Materia medica of Madras volume I
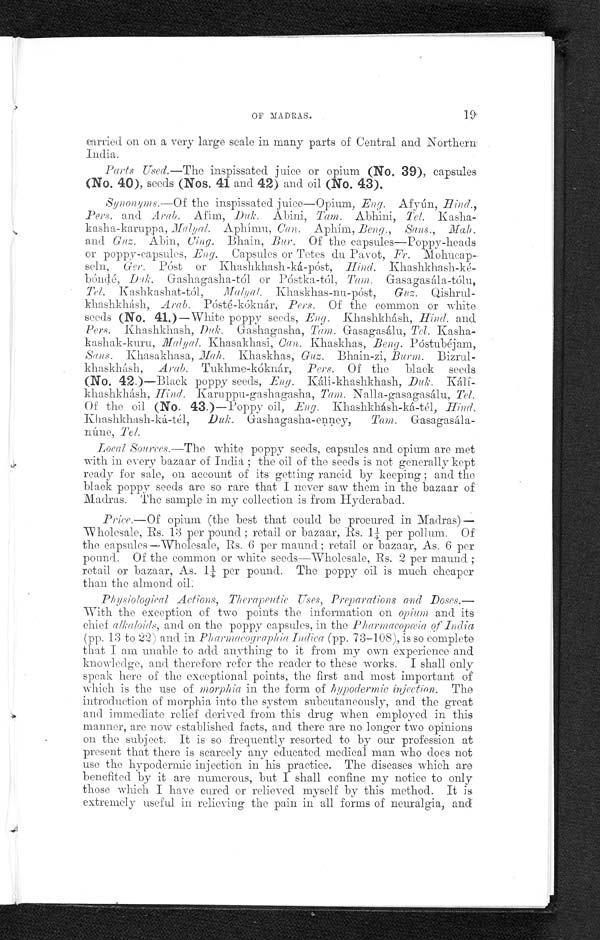
OF MADRAS.
carried on on a very large scale in many parts of Central and Northern
India.
Parts Used.—The inspissated juice or opium (No. 39), capsules
(No. 40), seeds (Nos. 41 and 42) and oil (No. 43).
Synonyms.—Of the inspissated juice—Opium, Eng. Afyún, Hind.,
Pers. and Arab. Afím, Duk Abini, Tam. Abini, Tel. Kasha-
kasha-karuppa, Malyal.
Aphímu Can. Aphím , Beng., Sans., Mah.
and Guz. Abin, Cing. Bhain, Bur. Of the capsules—Poppy-heads
or poppy-capsules, Eng. Capsules or Tetes du Pavot, Fr.
M o h u c a p - s c l n ,
G e r .
P ó s t o r K h a s h k h a s h - k á - p ó s t ,H
i n d .
K h a s h k h a s h - k e - b ó n d é ,
D u k .
G a s h a g a s h a - t ó l o r P ó s t k a - t ó 1 ,T
a m .
Gasagasála-tólu,
Tel. Kashkashat-tól,Malyal. Khaskhas-nu-póst, Guz.
Qishrul-khashkhásh, Arab. Pósté-kóknár, Pers. Of the common or white
seeds (No. 41.)—White poppy seeds, Eng. .Khashkhásh, Hind. and
Pers. Khashkhash, Duk. Gashagasha, Tam. Gasagasálu, Tel. Kasha-
kashak-kuru, Malyal. Khasakhasi, Can. Khaskhas, Beng. Póstubéjam,
Sans. Khasakhasa, Mah. Khaskhas, Guz. Bhain-zi, Burm.
Bizrulkhaskhásh, Arab. Tukhme-kóknár, Pers. Of the black seeds
(No. 42.)—Black poppy seeds, Eng. Káli-khashkhash, Duk.
Kálí-khashkhásh, Hind. Karuppu-gashagasha, Tam. N a l l a - g a s a g a s á l u ,
T e l .
Of the oil (No. 43.)—Poppy oil, Eng. Khashkhásh-ká-tél, Hind.
Khashkhash-ká-tél, Duk. Gashagasha-enney,
Tam. Gasagasála-
núne, Tel.
Local Sources.--The white poppy seeds, capsules and opium are met
with in every bazaar of India; the oil of the seeds is not generally kept
ready for sale, on account of its getting rancid by keeping; and the
black poppy seeds are so rare that I never saw them in the bazaar of
Madras. The sample in my collection is from Hyderabad.
P r i c e . — O f o p i u m ( t h e b e s t t h a t c o u l d b e p r o c u r e d i n M a d r a s ) — W h o l e s a l e , R s . 1 3 p e r p o u n d ; r e t a i l o r b a z a a r , R s . 1 ¼ p e r p o l l u m . O f
the capsules—Wholesale, Rs. 6 per maund; retail or bazaar, As. 6 per
pound. Of the common or white seeds—Wholesale, Rs. 2 per maund;
retail or bazaar, As. 1¼ per pound. The poppy oil is much cheaper
than the almond oil.
Physiological Actions, Therapeutic Uses, Preparations and Doses.—
With the exception of two points the information on opium and its
chief alkaloids
, and on the poppy capsules, in the Pharmacopœia of India
(pp. 13 to 22) and in Pharmacographia Indica (pp. 73-108), is so complete
that I am unable to add anything to it from my own experience and
knowledge, and therefore refer the reader to these works. I shall only
speak here of the exceptional points, the first and most important of
which is the use of morphia in the form of hypodermic injection. The
introduction of morphia into the system subcutaneously, and the great
and immediate relief derived from this drug when employed in this
manner, are now established facts, and there are no longer two opinions
on the subject. It is so frequently resorted to by our profession at
present that there is scarcely any educated medical man who does not
use the hypodermic injection in his practice. The diseases which are
benefited by it are numerous, but I shall confine my notice to only
those which I have cured or relieved myself by this method. It is
extremely useful in relieving the pain in all forms of neuralgia, and